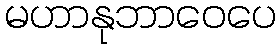
မဟာနုဘာဝေပေ